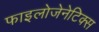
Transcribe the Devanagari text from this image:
फाइलोजेनेटिक्स